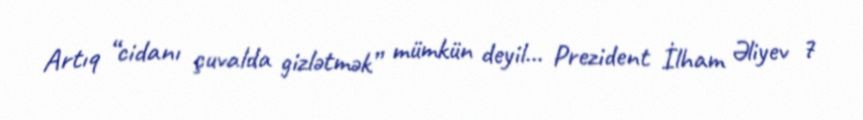
Artıq “cidanı çuvalda gizlətmək” mümkün deyil... Prezident İlham Əliyev 7